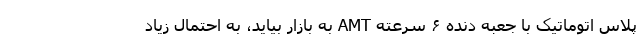
پلاس اتوماتیک با جعبه دنده ۶ سرعته AMT به بازار بیاید، به احتمال زیاد